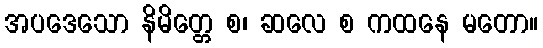
အပဒေသော နိမိတ္တေ စ၊ ဆလေ စ ကထနေ မတော။